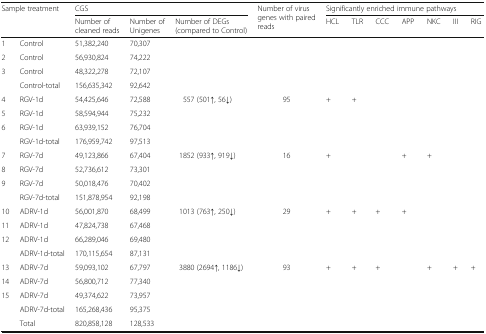
<table><thead><tr><td rowspan="2" colspan="2"><b>Sample treatment</b></td><td colspan="3"><b>CGS</b></td><td rowspan="2"><b>Number of virus genes with paired reads</b></td><td colspan="7"><b>Significantly enriched immune pathways</b></td></tr><tr><td><b>Number of cleaned reads</b></td><td><b>Number of Unigenes</b></td><td><b>Number of DEGs(compared to Control)</b></td><td><b>HCL</b></td><td><b>TLR</b></td><td><b>CCC</b></td><td><b>APP</b></td><td><b>NKC</b></td><td><b>III</b></td><td><b>RIG</b></td></tr></thead><tbody><tr><td>1</td><td>Control</td><td>51,382,240</td><td>70,307</td><td rowspan="3"></td><td rowspan="3"></td><td></td><td></td><td></td><td></td><td></td><td></td><td></td></tr><tr><td>2</td><td>Control</td><td>56,930,824</td><td>74,222</td><td></td><td></td><td></td><td></td><td></td><td></td><td></td></tr><tr><td>3</td><td>Control</td><td>48,322,278</td><td>72,107</td><td></td><td></td><td></td><td></td><td></td><td></td><td></td></tr><tr><td></td><td>Control-total</td><td>156,635,342</td><td>92,642</td><td></td><td></td><td></td><td></td><td></td><td></td><td></td><td></td><td></td></tr><tr><td>4</td><td>RGV-1d</td><td>54,425,646</td><td>72,588</td><td rowspan="3">557 (501↑, 56↓)</td><td rowspan="3">95</td><td rowspan="3">+</td><td rowspan="3">+</td><td rowspan="3"></td><td rowspan="3"></td><td rowspan="3"></td><td rowspan="3"></td><td rowspan="3"></td></tr><tr><td>5</td><td>RGV-1d</td><td>58,594,944</td><td>75,232</td></tr><tr><td>6</td><td>RGV-1d</td><td>63,939,152</td><td>76,704</td></tr><tr><td></td><td>RGV-1d-total</td><td>176,959,742</td><td>97,513</td><td></td><td></td><td></td><td></td><td></td><td></td><td></td><td></td><td></td></tr><tr><td>7</td><td>RGV-7d</td><td>49,123,866</td><td>67,404</td><td rowspan="3">1852 (933↑, 919↓)</td><td rowspan="3">16</td><td rowspan="3">+</td><td rowspan="3"></td><td rowspan="3"></td><td rowspan="3">+</td><td rowspan="3">+</td><td rowspan="3"></td><td rowspan="3"></td></tr><tr><td>8</td><td>RGV-7d</td><td>52,736,612</td><td>73,301</td></tr><tr><td>9</td><td>RGV-7d</td><td>50,018,476</td><td>70,402</td></tr><tr><td></td><td>RGV-7d-total</td><td>151,878,954</td><td>92,198</td><td></td><td></td><td></td><td></td><td></td><td></td><td></td><td></td><td></td></tr><tr><td>10</td><td>ADRV-1d</td><td>56,001,870</td><td>68,499</td><td rowspan="3">1013 (763↑, 250↓)</td><td rowspan="3">29</td><td rowspan="3">+</td><td rowspan="3">+</td><td rowspan="3">+</td><td rowspan="3">+</td><td rowspan="3"></td><td rowspan="3"></td><td rowspan="3"></td></tr><tr><td>11</td><td>ADRV-1d</td><td>47,824,738</td><td>67,468</td></tr><tr><td>12</td><td>ADRV-1d</td><td>66,289,046</td><td>69,480</td></tr><tr><td></td><td>ADRV-1d-total</td><td>170,115,654</td><td>87,131</td><td></td><td></td><td></td><td></td><td></td><td></td><td></td><td></td><td></td></tr><tr><td>13</td><td>ADRV-7d</td><td>59,093,102</td><td>67,797</td><td rowspan="3">3880 (2694↑, 1186↓)</td><td rowspan="3">93</td><td rowspan="3">+</td><td rowspan="3">+</td><td rowspan="3">+</td><td rowspan="3"></td><td rowspan="3">+</td><td rowspan="3">+</td><td rowspan="3">+</td></tr><tr><td>14</td><td>ADRV-7d</td><td>56,800,712</td><td>77,340</td></tr><tr><td>15</td><td>ADRV-7d</td><td>49,374,622</td><td>73,957</td></tr><tr><td></td><td>ADRV-7d-total</td><td>165,268,436</td><td>95,375</td><td></td><td></td><td></td><td></td><td></td><td></td><td></td><td></td><td></td></tr><tr><td></td><td>Total</td><td>820,858,128</td><td>128,533</td><td></td><td></td><td></td><td></td><td></td><td></td><td></td><td></td><td></td></tr></tbody></table>